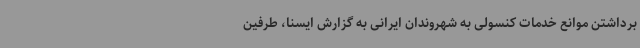
برداشتن موانع خدمات کنسولی به شهروندان ایرانی به گزارش ایسنا، طرفین